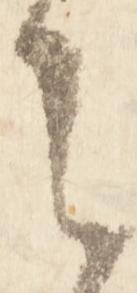
之